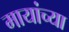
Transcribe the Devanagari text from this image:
मायांच्या